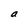
Character: a